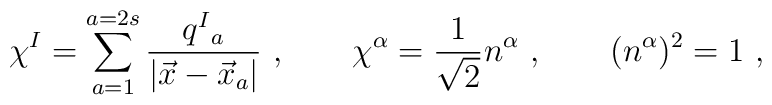
\chi^I  = \sum_{a=1}^{a=2s}  \frac{q ^I{}_a }{|\vec x- \vec x_a|} \  , \qquad\chi^\alpha = {1\over \sqrt 2} n^\alpha \ , \qquad  (n^\alpha)^2 =1 \ ,